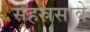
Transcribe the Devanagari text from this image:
सहस्रसावे